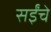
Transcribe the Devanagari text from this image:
सईंचे